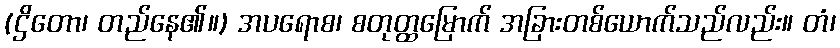
(ဌိတော၊ တည်နေ၏။) အပရောစ၊ စတုတ္ထမြောက် အခြားတစ်ယောက်သည်လည်း။ တံ၊